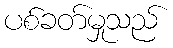
ပစ်ခတ်မှုသည်